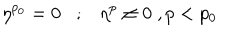
LaTeX: \eta ^ { p _ { 0 } } = 0 ; \eta ^ { p } \neq 0 \; , p < p _ { 0 }